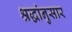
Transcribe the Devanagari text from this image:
श्रद्धांनुसार